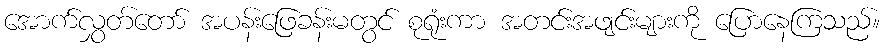
အောက်လွှတ်တော် အပန်းဖြေခန်းမတွင် စုရုံးကာ အတင်းအဖျင်းများကို ပြောနေကြသည်။